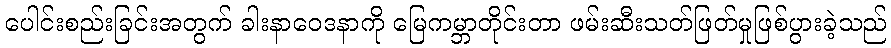
ပေါင်းစည်းခြင်းအတွက် ခါးနာဝေဒနာကို မြေကမ္ဘာတိုင်းတာ ဖမ်းဆီးသတ်ဖြတ်မှုဖြစ်ပွားခဲ့သည်